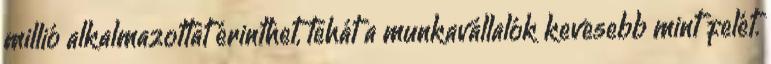
millió alkalmazottat érinthet, tehát a munkavállalók kevesebb mint felét.